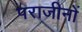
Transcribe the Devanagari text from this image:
पराजीनों